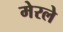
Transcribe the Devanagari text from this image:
मेरले